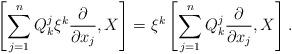
LaTeX: \begin{align*} \left[\sum_{j=1}^n Q^j_k\xi^k\frac{\partial}{\partial x_j}, X\right]=\xi^k\left[\sum_{j=1}^n Q^j_k\frac{\partial}{\partial x_j}, X\right]. \end{align*}